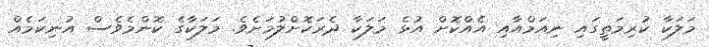
މަލަކާ ކުރިމަތީގައި ނިއަމްއާއި އެއްކޮށް އުޅެ މަލަކާ ދެރަކޮށްލުމަށެވެ. މަލަކާގެ ކޮންމެވެސް އުނިކަމެއް